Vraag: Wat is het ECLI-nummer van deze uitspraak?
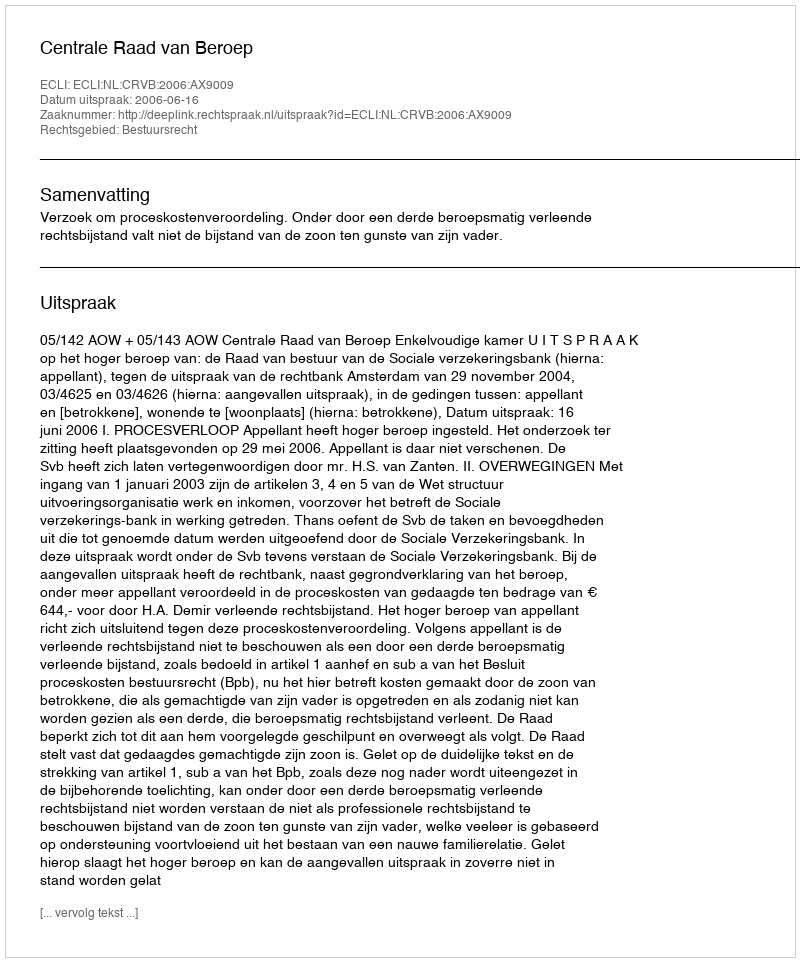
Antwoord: ECLI:NL:CRVB:2006:AX9009